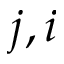
j , i